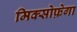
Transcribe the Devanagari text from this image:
मिक्सोफ़ेगा